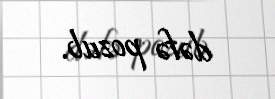
dəfə pozub.